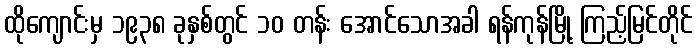
ထိုကျောင်းမှ ၁၉၃၈ ခုနှစ်တွင် ၁၀ တန်း အောင်သောအခါ ရန်ကုန်မြို့ ကြည့်မြင်တိုင်